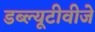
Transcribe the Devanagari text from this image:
डब्ल्यूटीवीजे